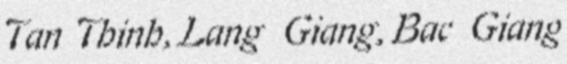
Tan Thinh, Lang Giang, Bac Giang